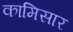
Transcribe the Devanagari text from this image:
कामिसार